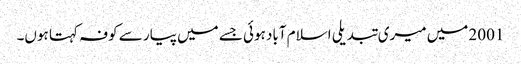
2001 میں میری تبدیلی اسلام آباد ہوئی جسے میں پیار سے کوفہ کہتا ہوں۔